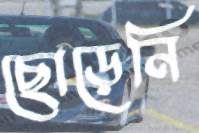
ছোড়েনি